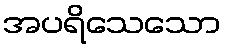
အပရိသေသော